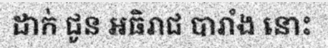
ដាក់ ជូន អធិរាជ បារាំង នោះ